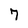
Character: 7